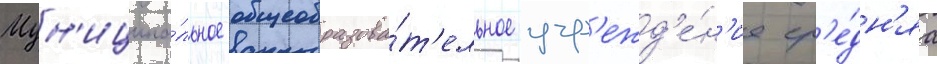
Мун'иципа́льное общеобразова́т'ельное учр'ежд'е́н'ие ср'е́дн'яа